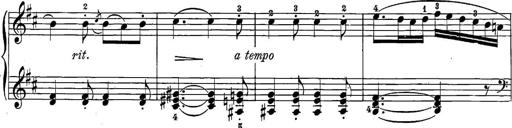
Title: 12 Sonatine per Pianoforte
Composer: Friedrich Kuhlau